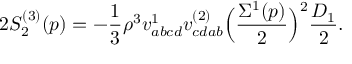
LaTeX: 2 S _ { 2 } ^ { ( 3 ) } ( p ) = - \frac { 1 } { 3 } \rho ^ { 3 } v _ { a b c d } ^ { 1 } v _ { c d a b } ^ { ( 2 ) } \Bigl ( \frac { \Sigma ^ { 1 } ( p ) } { 2 } \Bigr ) ^ { 2 } \frac { D _ { 1 } } { 2 } .